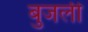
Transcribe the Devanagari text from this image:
बुजली